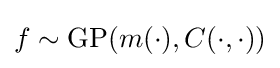
f\sim \operatorname {GP} (m(\cdot ),C(\cdot ,\cdot ))